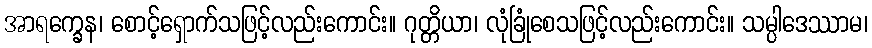
အာရက္ခေန၊ စောင့်ရှောက်သဖြင့်လည်းကောင်း။ ဂုတ္တိယာ၊ လုံခြုံစေသဖြင့်လည်းကောင်း။ သမ္ပါဒေဿာမ၊